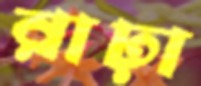
রাঢ়া